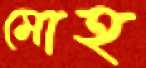
মোহ